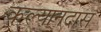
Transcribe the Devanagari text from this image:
कल्यानदास